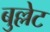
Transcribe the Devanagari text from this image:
बुल्लेट